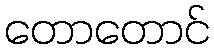
တောတောင်